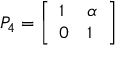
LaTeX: P _ { 4 } = { \left[ \begin{array} { l l } { 1 } & { \alpha } \\ { 0 } & { 1 } \end{array} \right] }